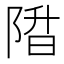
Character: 陹